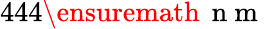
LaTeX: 444\ensuremath{\, \mathrm{~n~m~}}